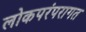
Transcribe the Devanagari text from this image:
लोकपरंपरागत